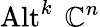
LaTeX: \operatorname{Alt}^{k}\ {\mathbb{C}}^{n}